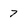
Character: 7